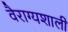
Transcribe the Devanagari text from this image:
वैराग्यशाली